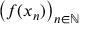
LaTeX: \left( f ( x _ { n } ) \right) _ { n \in \mathbb { N } }